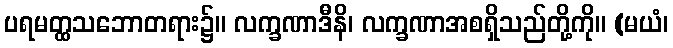
ပရမတ္ထသဘောတရား၌။ လက္ခဏာဒီနိ၊ လက္ခဏာအစရှိသည်တို့ကို။ (မယံ၊